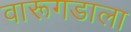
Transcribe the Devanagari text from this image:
वारूगडाला